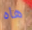
هاه